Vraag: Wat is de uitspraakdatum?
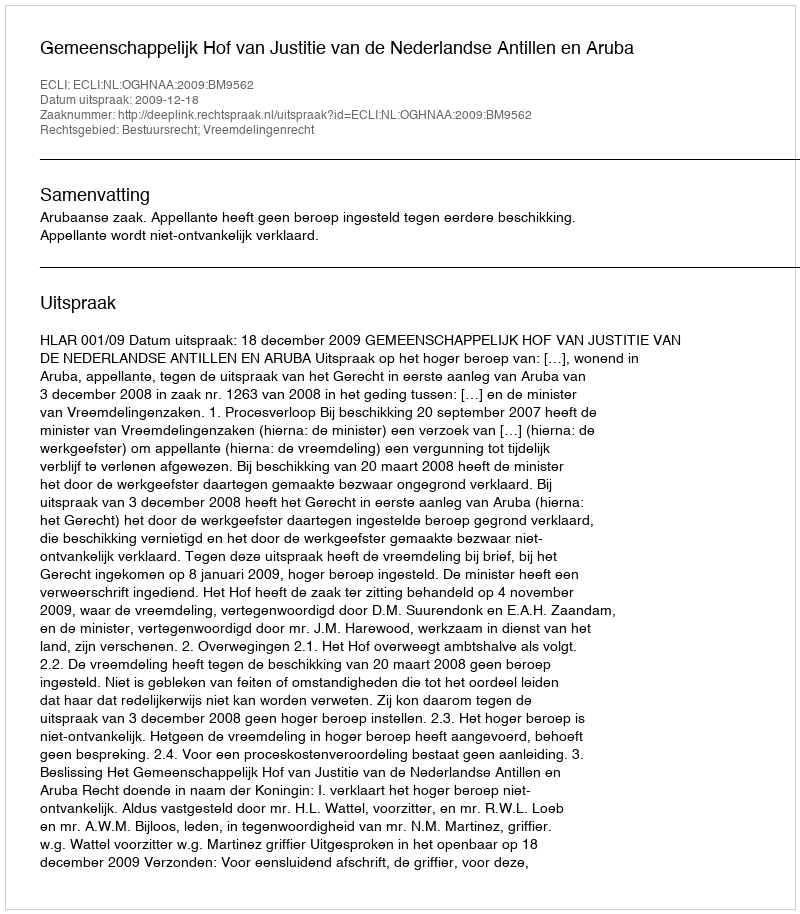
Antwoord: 2009-12-18